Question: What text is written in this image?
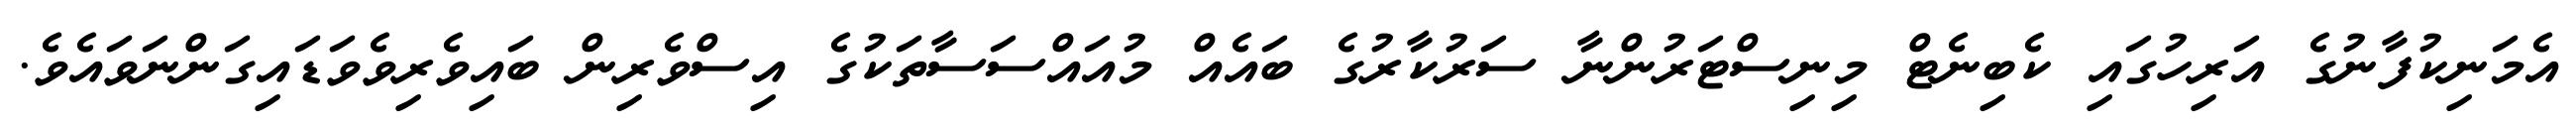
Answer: އެމަނިކުފާނުގެ އަރިހުގައި ކެބިނެޓް މިނިސްޓަރުންނާ ސަރުކާރުގެ ބައެއް މުއައްސަސާތަކުގެ އިސްވެރިން ބައިވެރިވެވަޑައިގަންނަވައެވެ.